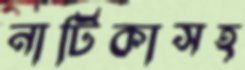
নাটিকাসহ